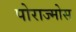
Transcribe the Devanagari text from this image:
पोराज्मोस